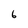
Character: 6